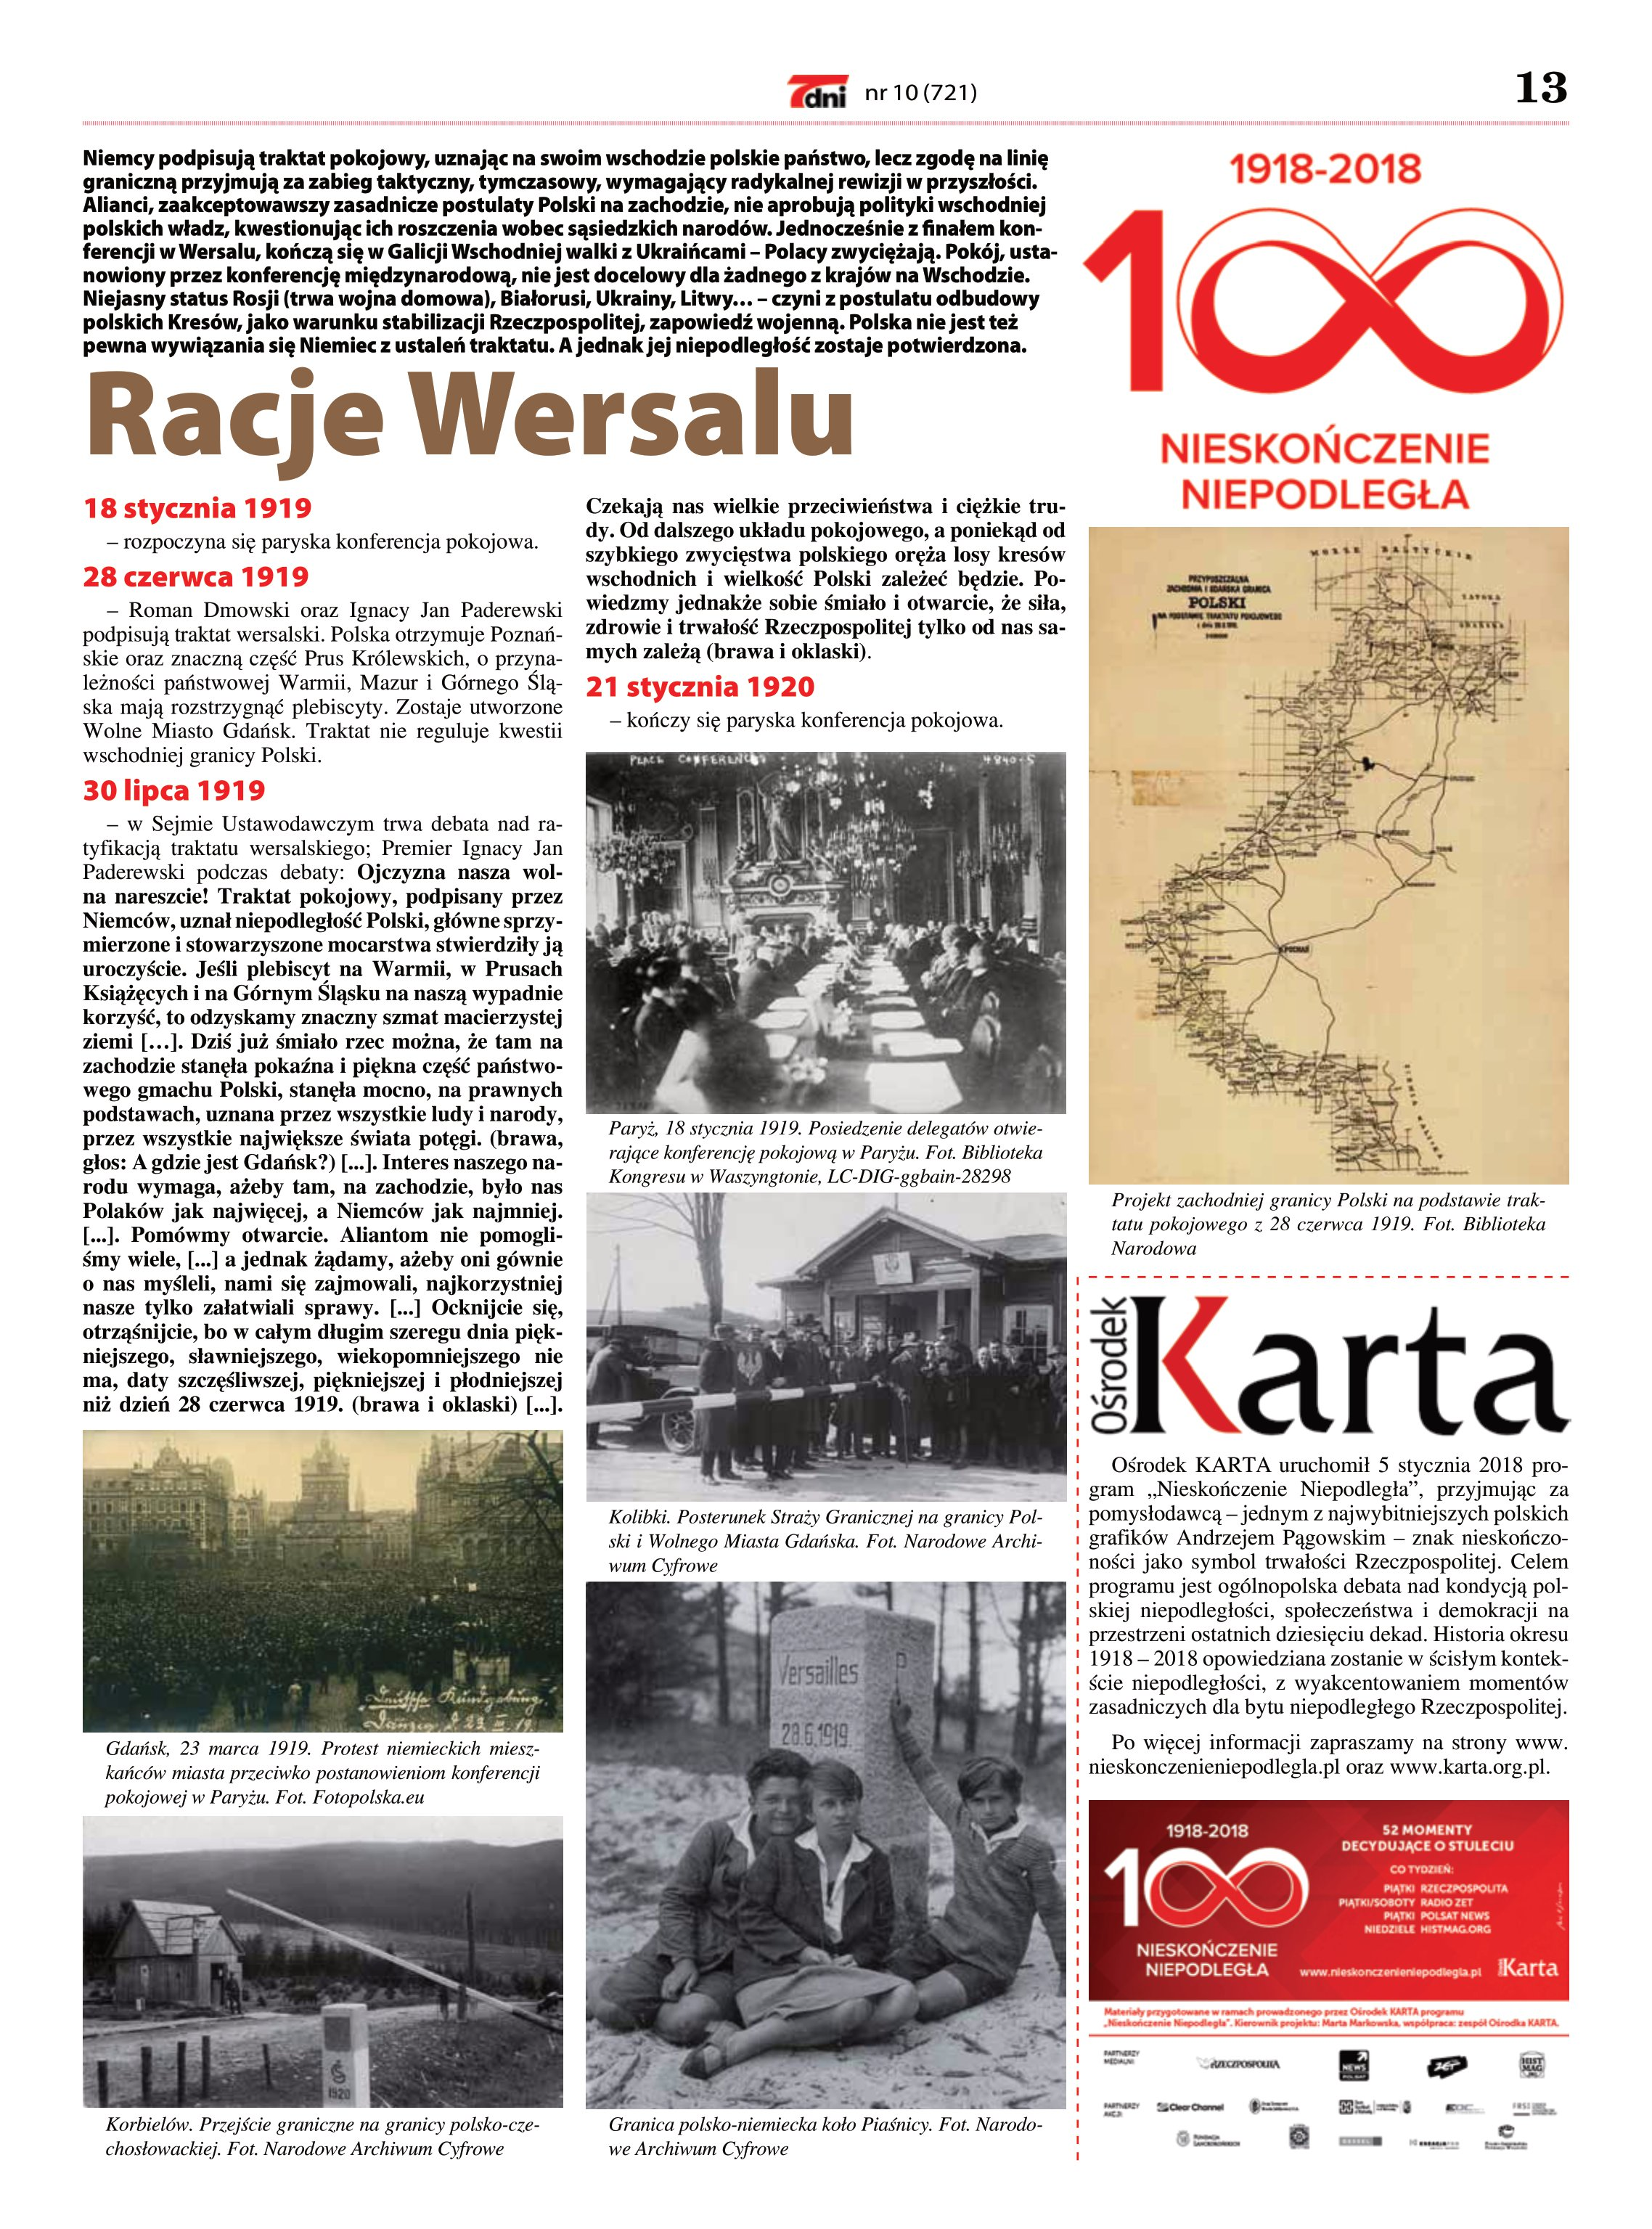
Language: pl